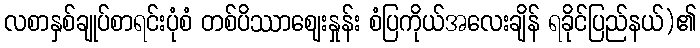
လစာနှစ်ချုပ်စာရင်းပုံစံ တစ်ပိဿာဈေးနှုန်း စံပြကိုယ်အလေးချိန် ရခိုင်ပြည်နယ်)၏